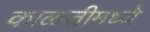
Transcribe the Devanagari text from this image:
काळजीमध्ये